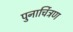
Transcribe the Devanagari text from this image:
पुनार्चित्रण